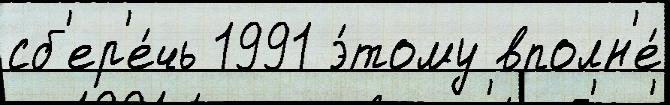
сб'ер'е́чь 1991 э́тому вполн'е́